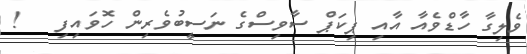
ވެލިގާ ހާޑްވެއާ އާއި ޕިކަޕް ސާވިސްގެ ނަސީބުވެރިން ހޮވައިފި   !